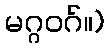
မဂ္ဂဝဂ်။)